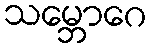
သမ္ဘောဂေ